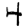
Digit: 4